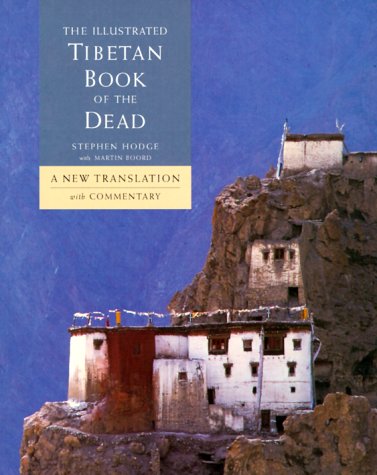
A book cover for The Illustrated Tibetan Book of the Dead: A New Reference Manual for the Soul; Stephen Hodge; Religion & Spirituality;